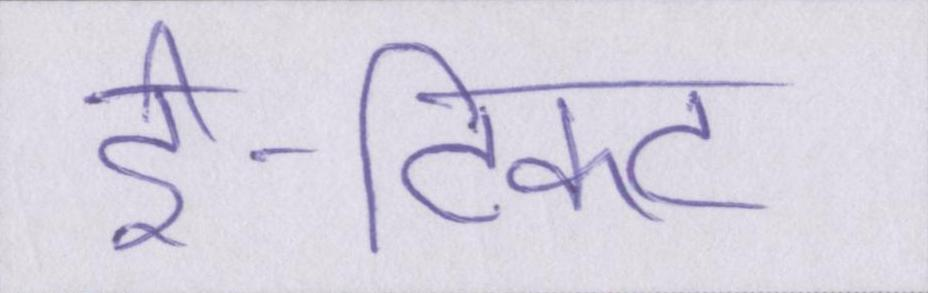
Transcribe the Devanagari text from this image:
ई-टिकट